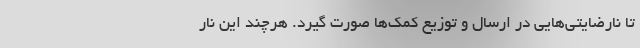
تا نارضايتي‌هايي در ارسال و توزيع كمك‌ها صورت گيرد. هرچند اين نار